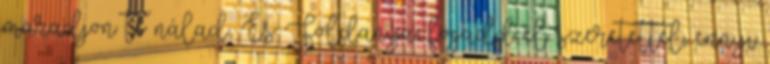
maradjon te nálad, És Földanya, fogadd el szeretettel, ennyi